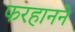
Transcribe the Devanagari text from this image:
फरहानने